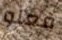
فعلو